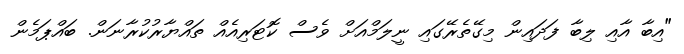
"އިބާ އާއި ލިބާ ފަދައިން މިގޭތެރޭގައި ނީލަމްއަށް ވެސް ކޮޓަރިއެއް ތައްޔާރުކުރާނަން. ބައްޕަމެން